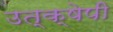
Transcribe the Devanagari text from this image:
उत्क्षेपी